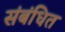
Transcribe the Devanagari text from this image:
संबंधित